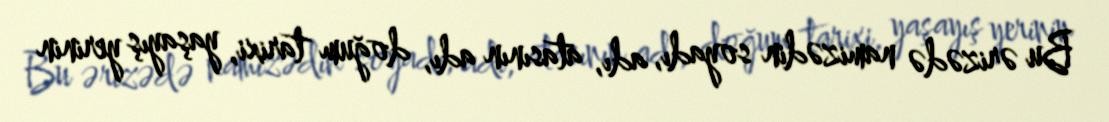
Bu ərizədə namizədin soyadı, adı, atasının adı, doğum tarixi, yaşayış yerinin